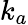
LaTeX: k_{a}